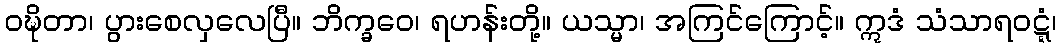
ဝဍ္ဎိတာ၊ ပွားစေလှလေပြီ။ ဘိက္ခဝေ၊ ရဟန်းတို့။ ယသ္မာ၊ အကြင်ကြောင့်။ ဣဒံ သံသာရဝဋ္ဋံ၊